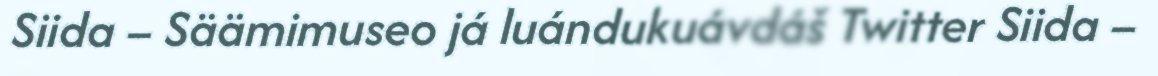
Siida – Säämimuseo já luándukuávdáš Twitter Siida –